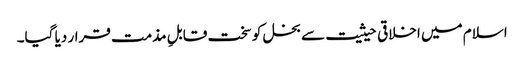
اسلام میں اخلاقی حیثیت سے بخل کو سخت قابلِ مذمت قرار دیا گیا۔